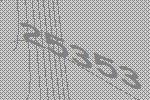
25353